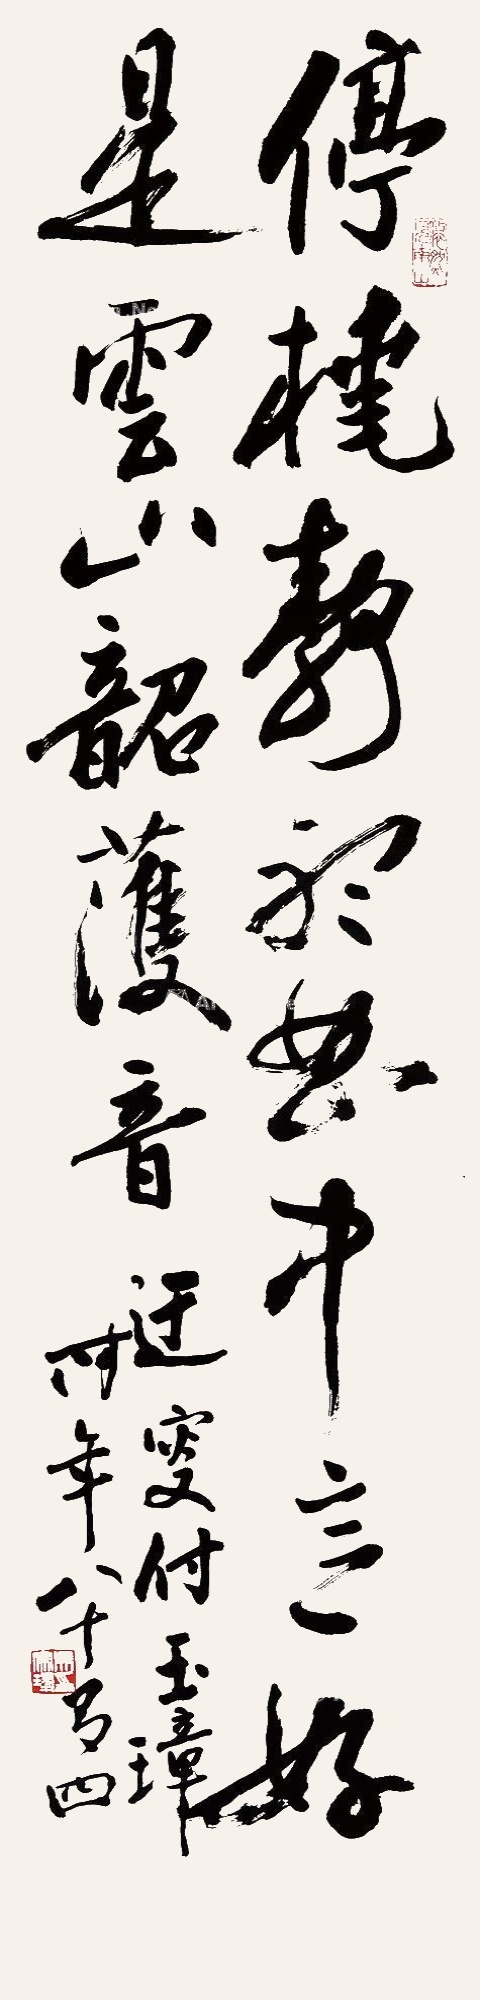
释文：迂叟付玉璋，时年八十有四。吴家琭印（白）悠然见南山（朱）